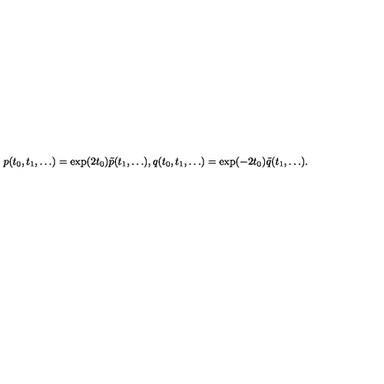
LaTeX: p ( t _ { 0 } , t _ { 1 } , \dots ) = \exp ( 2 t _ { 0 } ) \tilde { p } ( t _ { 1 } , \dots ) , q ( t _ { 0 } , t _ { 1 } , \dots ) = \exp ( - 2 t _ { 0 } ) \tilde { q } ( t _ { 1 } , \dots ) .